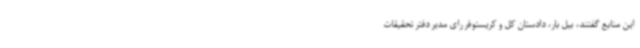
این منابع گفتند، بیل بار، دادستان کل و کریستوفر رای مدیر دفتر تحقیقات